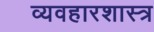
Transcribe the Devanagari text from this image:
व्यवहारशास्त्र